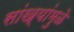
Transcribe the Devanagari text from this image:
सांख्यांमुळे